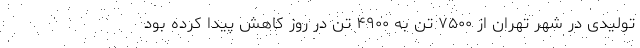
تولیدی در شهر تهران از ۷۵۰۰ تن به ۴۹۰۰ تن در روز کاهش پیدا کرده بود